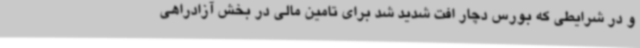
و در شرایطی که بورس دچار افت شدید شد برای تامین مالی در بخش آزادراهی